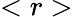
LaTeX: <r>